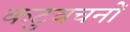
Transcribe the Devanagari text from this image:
कटुवचनों